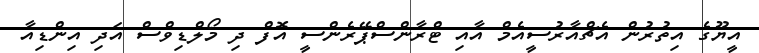
އީޔޫގެ އިތުރުން އެޗްއާރުސީއެމް އާއި ޓްރާންސްޕޭރެންސީ އޮފް ދި މޯލްޑިވްސް އަދި އިންޑިއާ